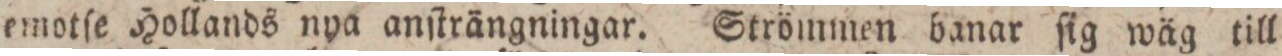
emotſe Hollands nya anſträngningar. Strömmen banar ſig wäg till